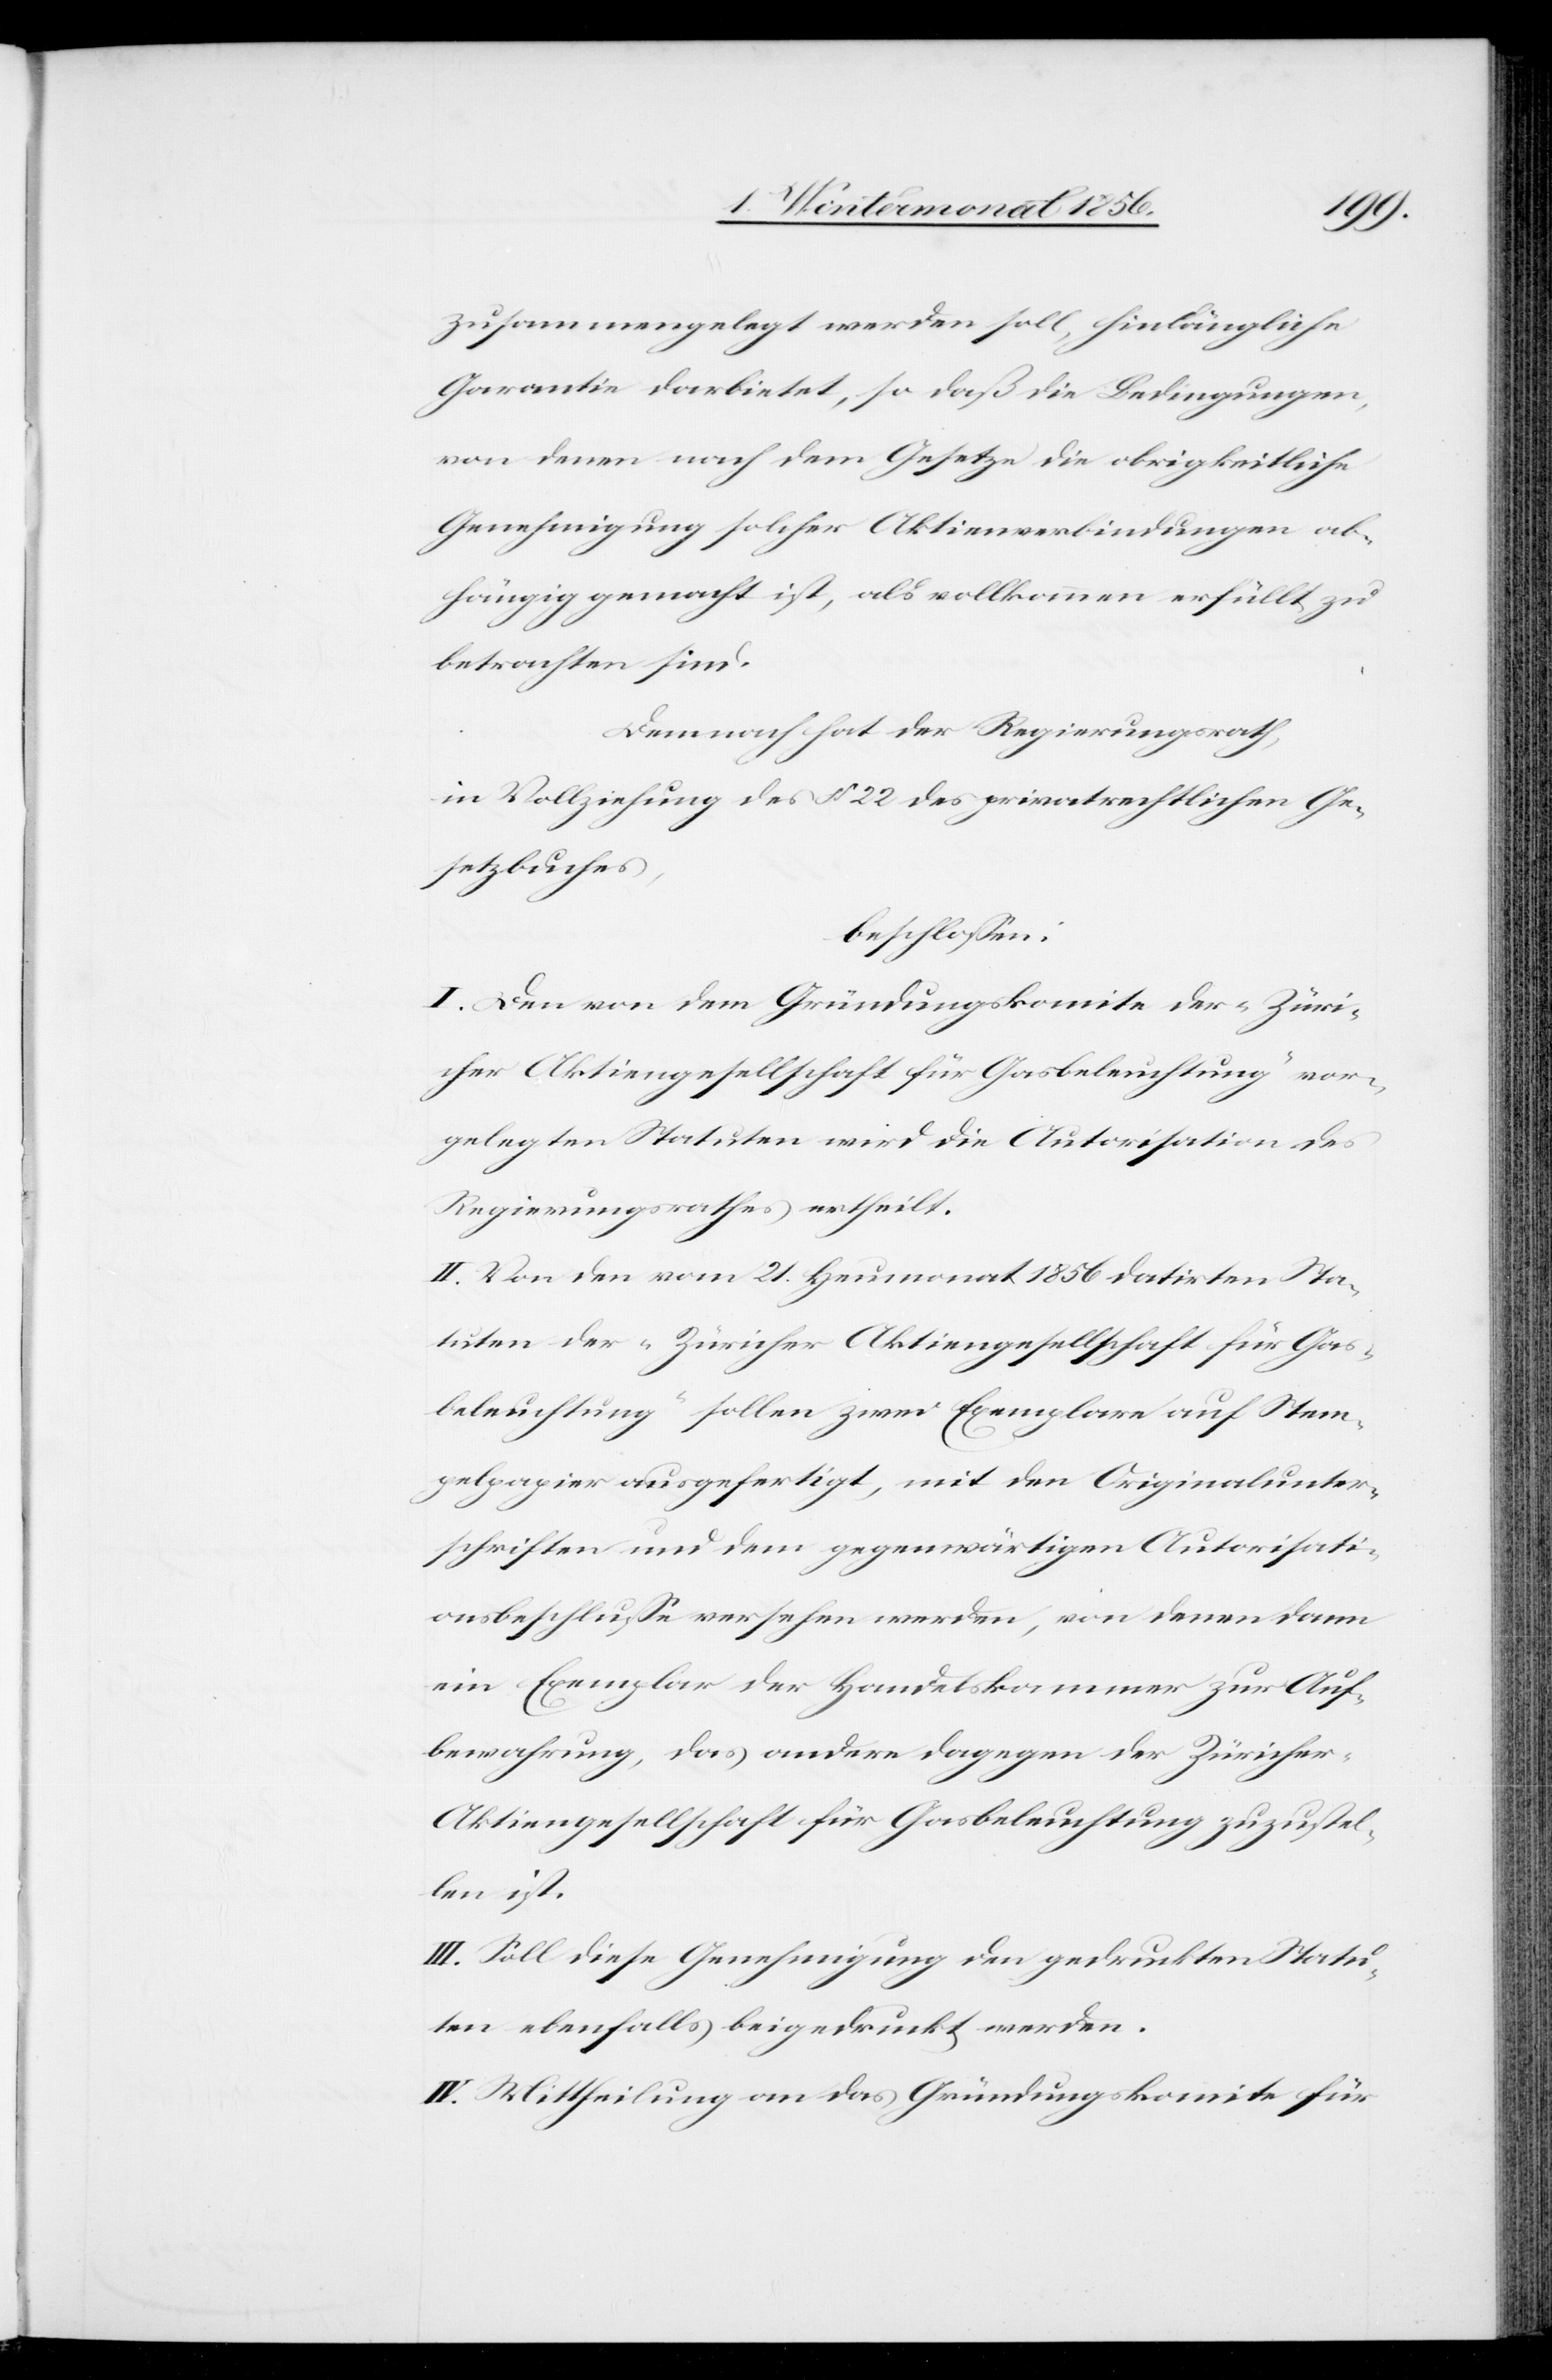
zusammengelegt werden soll, hinlängliche
Garantie darbietet, so daß die Bedingungen,
von denen nach dem Gesetze die obrigkeitliche
Genehmigung solcher Aktienverbindungen ab¬
hängig gemacht ist, als vollkommen erfüllt zu
betrachten sind.
Demnach hat der Regierungsrath,
in Vollziehung des § 22 des privatrechtlichen Ge¬
setzbuches,
beschlossen:
I. Den von dem Gründungskomite der „Züri¬
cher Aktiengesellschaft für Gasbeleuchtung“ vor¬
gelegten Statuten wird die Autorisation des
Regierungsrathes ertheilt.
II. Von den vom 21. Heumonat 1856 datirten Sta¬
tuten der „Züricher Aktiengesellschaft für Gas¬
beleuchtung“ sollen zwei Exemplare auf Stem¬
pelpapier ausgefertigt, mit den Originalunter¬
schriften und dem gegenwärtigen Autorisati¬
onsbeschlusse versehen werden, von denen dann
ein Exemplar der Handelskammer zur Auf¬
bewahrung, das andere dagegen der Züricher-A¬
ktiengesellschaft für Gasbeleuchtung zuzustel¬
len ist.
III. Soll diese Genehmigung den gedruckten Statu¬
ten ebenfalls beigedruckt werden.
IV. Mittheilung an das Gründungskomite für